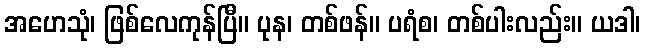
အဟေသုံ၊ ဖြစ်လေကုန်ပြီ။ ပုန၊ တစ်ဖန်။ ပရံစ၊ တစ်ပါးလည်း။ ယဒါ၊